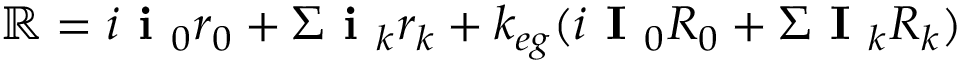
\mathbb { R } = i \textbf { i } _ { 0 } r _ { 0 } + \Sigma \textbf { i } _ { k } r _ { k } + k _ { e g } ( i \textbf { I } _ { 0 } R _ { 0 } + \Sigma \textbf { I } _ { k } R _ { k } )